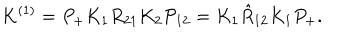
K ^ { ( 1 ) } = P _ { + } K _ { 1 } R _ { 2 1 } K _ { 2 } { \cal P } _ { 1 2 } = K _ { 1 } \hat { R } _ { 1 2 } K _ { 1 } P _ { + } .